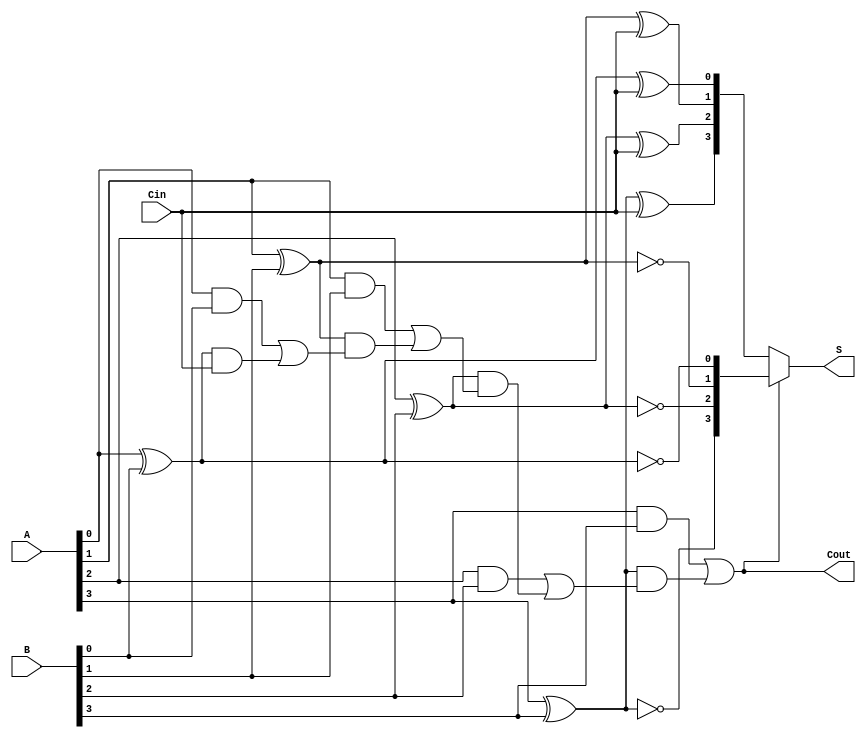
module ConditionalSumAdder #(parameter n = 4) (
    input [n-1:0] A,       // n-bit input A
    input [n-1:0] B,       // n-bit input B
    input Cin,             // Carry-in
    output [n-1:0] S,      // n-bit sum output
    output Cout            // Carry-out
);

    wire [n-1:0] G;        // Generate signals
    wire [n-1:0] P;        // Propagate signals
    wire [n:0] C;          // Carry signals (C[0] = Cin)

    // Generate and Propagate logic
    genvar i;
    generate
        for (i = 0; i < n; i = i + 1) begin: gen_prop
            assign G[i] = A[i] & B[i];                // Generate
            assign P[i] = A[i] ^ B[i];                // Propagate
        end
    endgenerate

    // Carry generation
    assign C[0] = Cin;                               // Initial carry
    generate
        for (i = 0; i < n; i = i + 1) begin: carry_gen
            assign C[i + 1] = G[i] | (P[i] & C[i]); // Carry
        end
    endgenerate

    // Sum calculation
    wire [n-1:0] S0;                                  // Sum if carry is 0
    wire [n-1:0] S1;                                  // Sum if carry is 1

    generate
        for (i = 0; i < n; i = i + 1) begin: sum_calc
            assign S0[i] = A[i] ^ B[i] ^ C[0];       // Sum if carry is 0
            assign S1[i] = A[i] ^ B[i] ^ 1'b1;        // Sum if carry is 1
        end
    endgenerate

    // Final sum output based on carry prediction
    assign S = (C[n] == 1'b0) ? S0 : S1;              // Select S0 or S1 based on the final carry
    assign Cout = C[n];                               // Final carry-out

endmodule